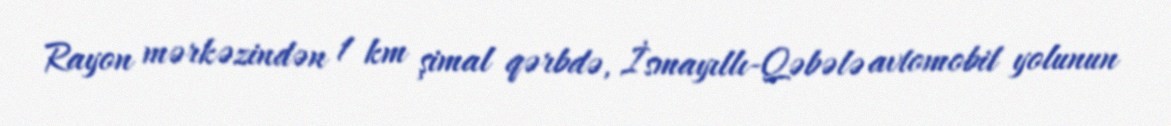
Rayon mərkəzindən 1 km şimal qərbdə, İsmayıllı-Qəbələ avtomobil yolunun